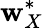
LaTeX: \mathbf{w}_{X}^{*}